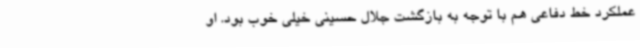
عملکرد خط دفاعی هم با توجه به بازگشت جلال حسینی خیلی خوب بود. او